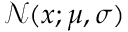
\mathcal { N } ( x ; \mu , \sigma )